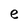
Character: e